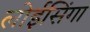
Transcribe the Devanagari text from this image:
लोईसिंगा